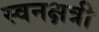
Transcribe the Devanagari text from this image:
स्वनक्षत्री